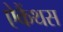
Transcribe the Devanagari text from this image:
ऐकैंथस